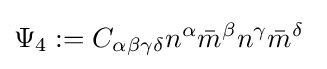
\Psi _{4}:=C_{\alpha \beta \gamma \delta }n^{\alpha }{\bar {m}}^{\beta }n^{\gamma }{\bar {m}}^{\delta }\